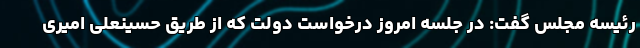
رئیسه مجلس گفت: در جلسه امروز درخواست دولت که از طریق حسینعلی امیری